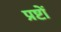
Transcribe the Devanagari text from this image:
प्रष्टों